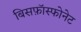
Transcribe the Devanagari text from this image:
बिसफ़ॉस्फोनेट